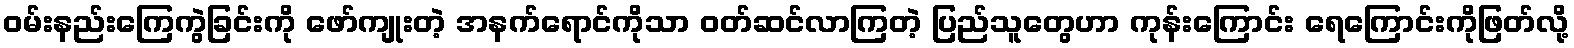
ဝမ်းနည်းကြေကွဲခြင်းကို ဖော်ကျုးတဲ့ အနက်ရောင်ကိုသာ ဝတ်ဆင်လာကြတဲ့ ပြည်သူတွေဟာ ကုန်းကြောင်း ရေကြောင်းကိုဖြတ်လို့